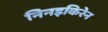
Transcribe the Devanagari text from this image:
निनइकिरेन